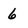
Character: 6